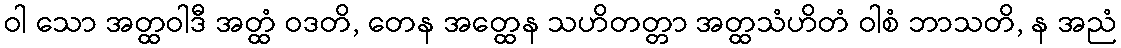
ဝါ သော အတ္ထဝါဒီ အတ္ထံ ဝဒတိ, တေန အတ္ထေန သဟိတတ္တာ အတ္ထသံဟိတံ ဝါစံ ဘာသတိ, န အညံ